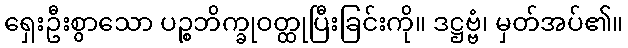
ရှေးဦးစွာသော ပဉ္စဘိက္ခုဝတ္ထုပြီးခြင်းကို။ ဒဋ္ဌဗ္ဗံ၊ မှတ်အပ်၏။